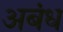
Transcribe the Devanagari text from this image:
अबंध